Indian journal of veterinary science and animal husbandry - Volumes 24-25, 1954-1955
Year: 1954
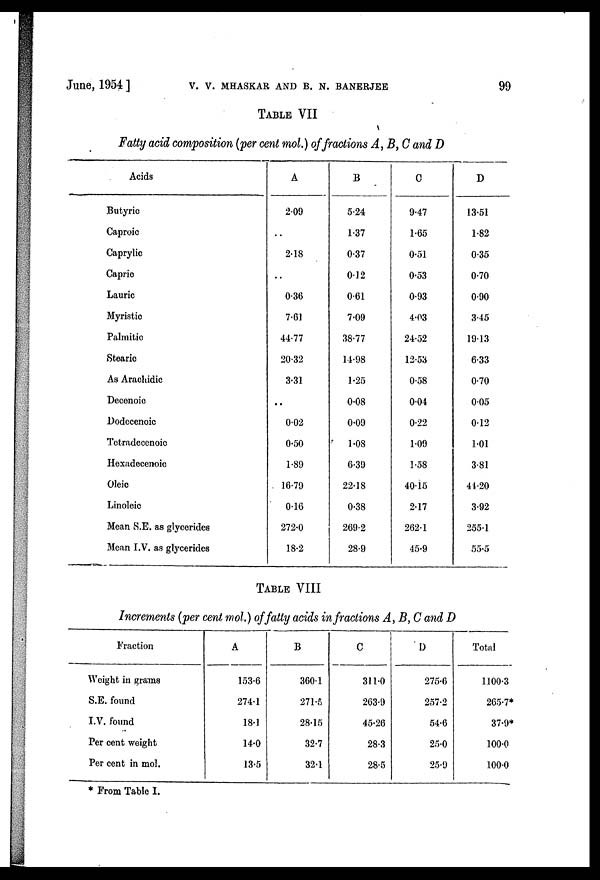
June, 1954] V. V. MHASKAR AND B. N. BANERJEE 99
TABLE VII
Fatty acid composition (per cent mol.) of fractions A, B, C and D
Acids
Butyric
Caproic
Caprylic
Capric
Lauric
Myristic
Palmitic
Stearic
As Arachidic
Decenoic
Dodecenoic
Tetradecenoic
Hexadecenoic
Oleic
Linoleic
Mean S.E. as glycerides
Mean I.V. as glycerides
A
2.09
..
2.18
..
0.36
7.61
44.77
20.32
3.31
..
0.02
0.50
1.89
16.79
0.16
272.0
18.2
B
5.24
1.37
0.37
0.12
0.61
7.09
38.77
14.98
1.25
0.08
0.09
1.08
6.39
22.18
0.38
269.2
28.9
0
9.47
1.65
0.51
0.53
0.93
4.03
24.52
12.53
0.58
0.04
0.22
1.09
1.58
40.15
2.17
262.1
45.9
D
13.51
1.82
0.35
0.70
0.90
3.45
19.13
6.33
0.70
0.05
0.12
1.01
3.81
44.20
3.92
255.1
55.5
TABLE VIII
Increments (per cent mol.) of fatty acids infractions A, B, C and D
Fraction
Weight in grams
S.E. found
I.V. found
Per cent weight
Per cent in mol.
A
153.6
274.1
18.1
14.0
13.5
B
360.1
271.5
28.15
32.7
32.1
C
311.0
263.9
45.26
28.3
28.5
D
275.6
257.2
54.6
25.0
25.9
Total
1100.3
265.7*
37.9*
100.0
100.0
* From Table I.